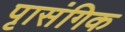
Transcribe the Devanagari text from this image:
पृासंगिक